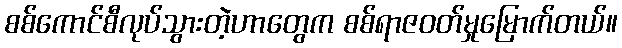
စစ်ကောင်စီလုပ်သွားတဲ့ဟာတွေက စစ်ရာဇဝတ်မှုမြောက်တယ်။